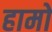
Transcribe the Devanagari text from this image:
हामो